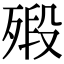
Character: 㱭